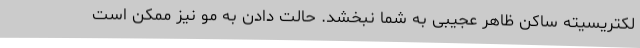
لکتریسیته ساکن ظاهر عجیبی به شما نبخشد. حالت دادن به مو نیز ممکن است